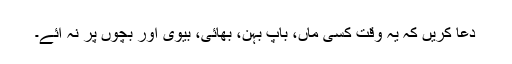
دعا کریں کہ یہ وقت کسی ماں، باپ بہن، بھائی، بیوی اور بچوں پر نہ آئے۔